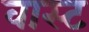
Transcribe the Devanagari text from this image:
वास्ट